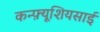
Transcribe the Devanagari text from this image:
कन्फ़्यूशियसाई